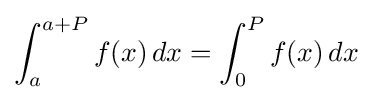
\int _{a}^{a+P}f(x)\,dx=\int _{0}^{P}f(x)\,dx